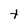
Character: t